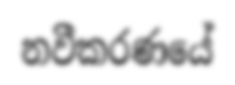
නවීකරණයේ